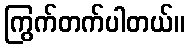
ကြွက်တက်ပါတယ်။